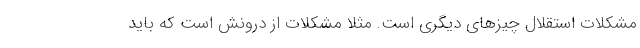
مشکلات استقلال چیزهای دیگری است. مثلا مشکلات از درونش است که باید